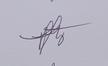
Signature authenticity: genuine